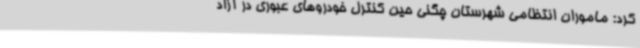
کرد: ماموران انتظامی شهرستان چگنی حین کنترل خودروهای عبوری در آزاد